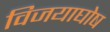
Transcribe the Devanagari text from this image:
विजयाघोष